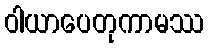
ဝါယာပေတုကာမဿ